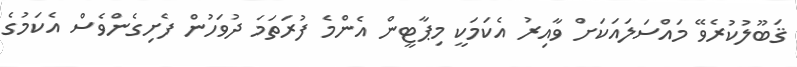
ޤަބޫލުކުރެވޭ މައްސަލައަކަށް ވާއިރު އެކަމަކީ މިޕާޓީން އެންމެ ފުރަތަމަ ދުވަހުން ފެށިގެންވެސް އެކަމުގެ